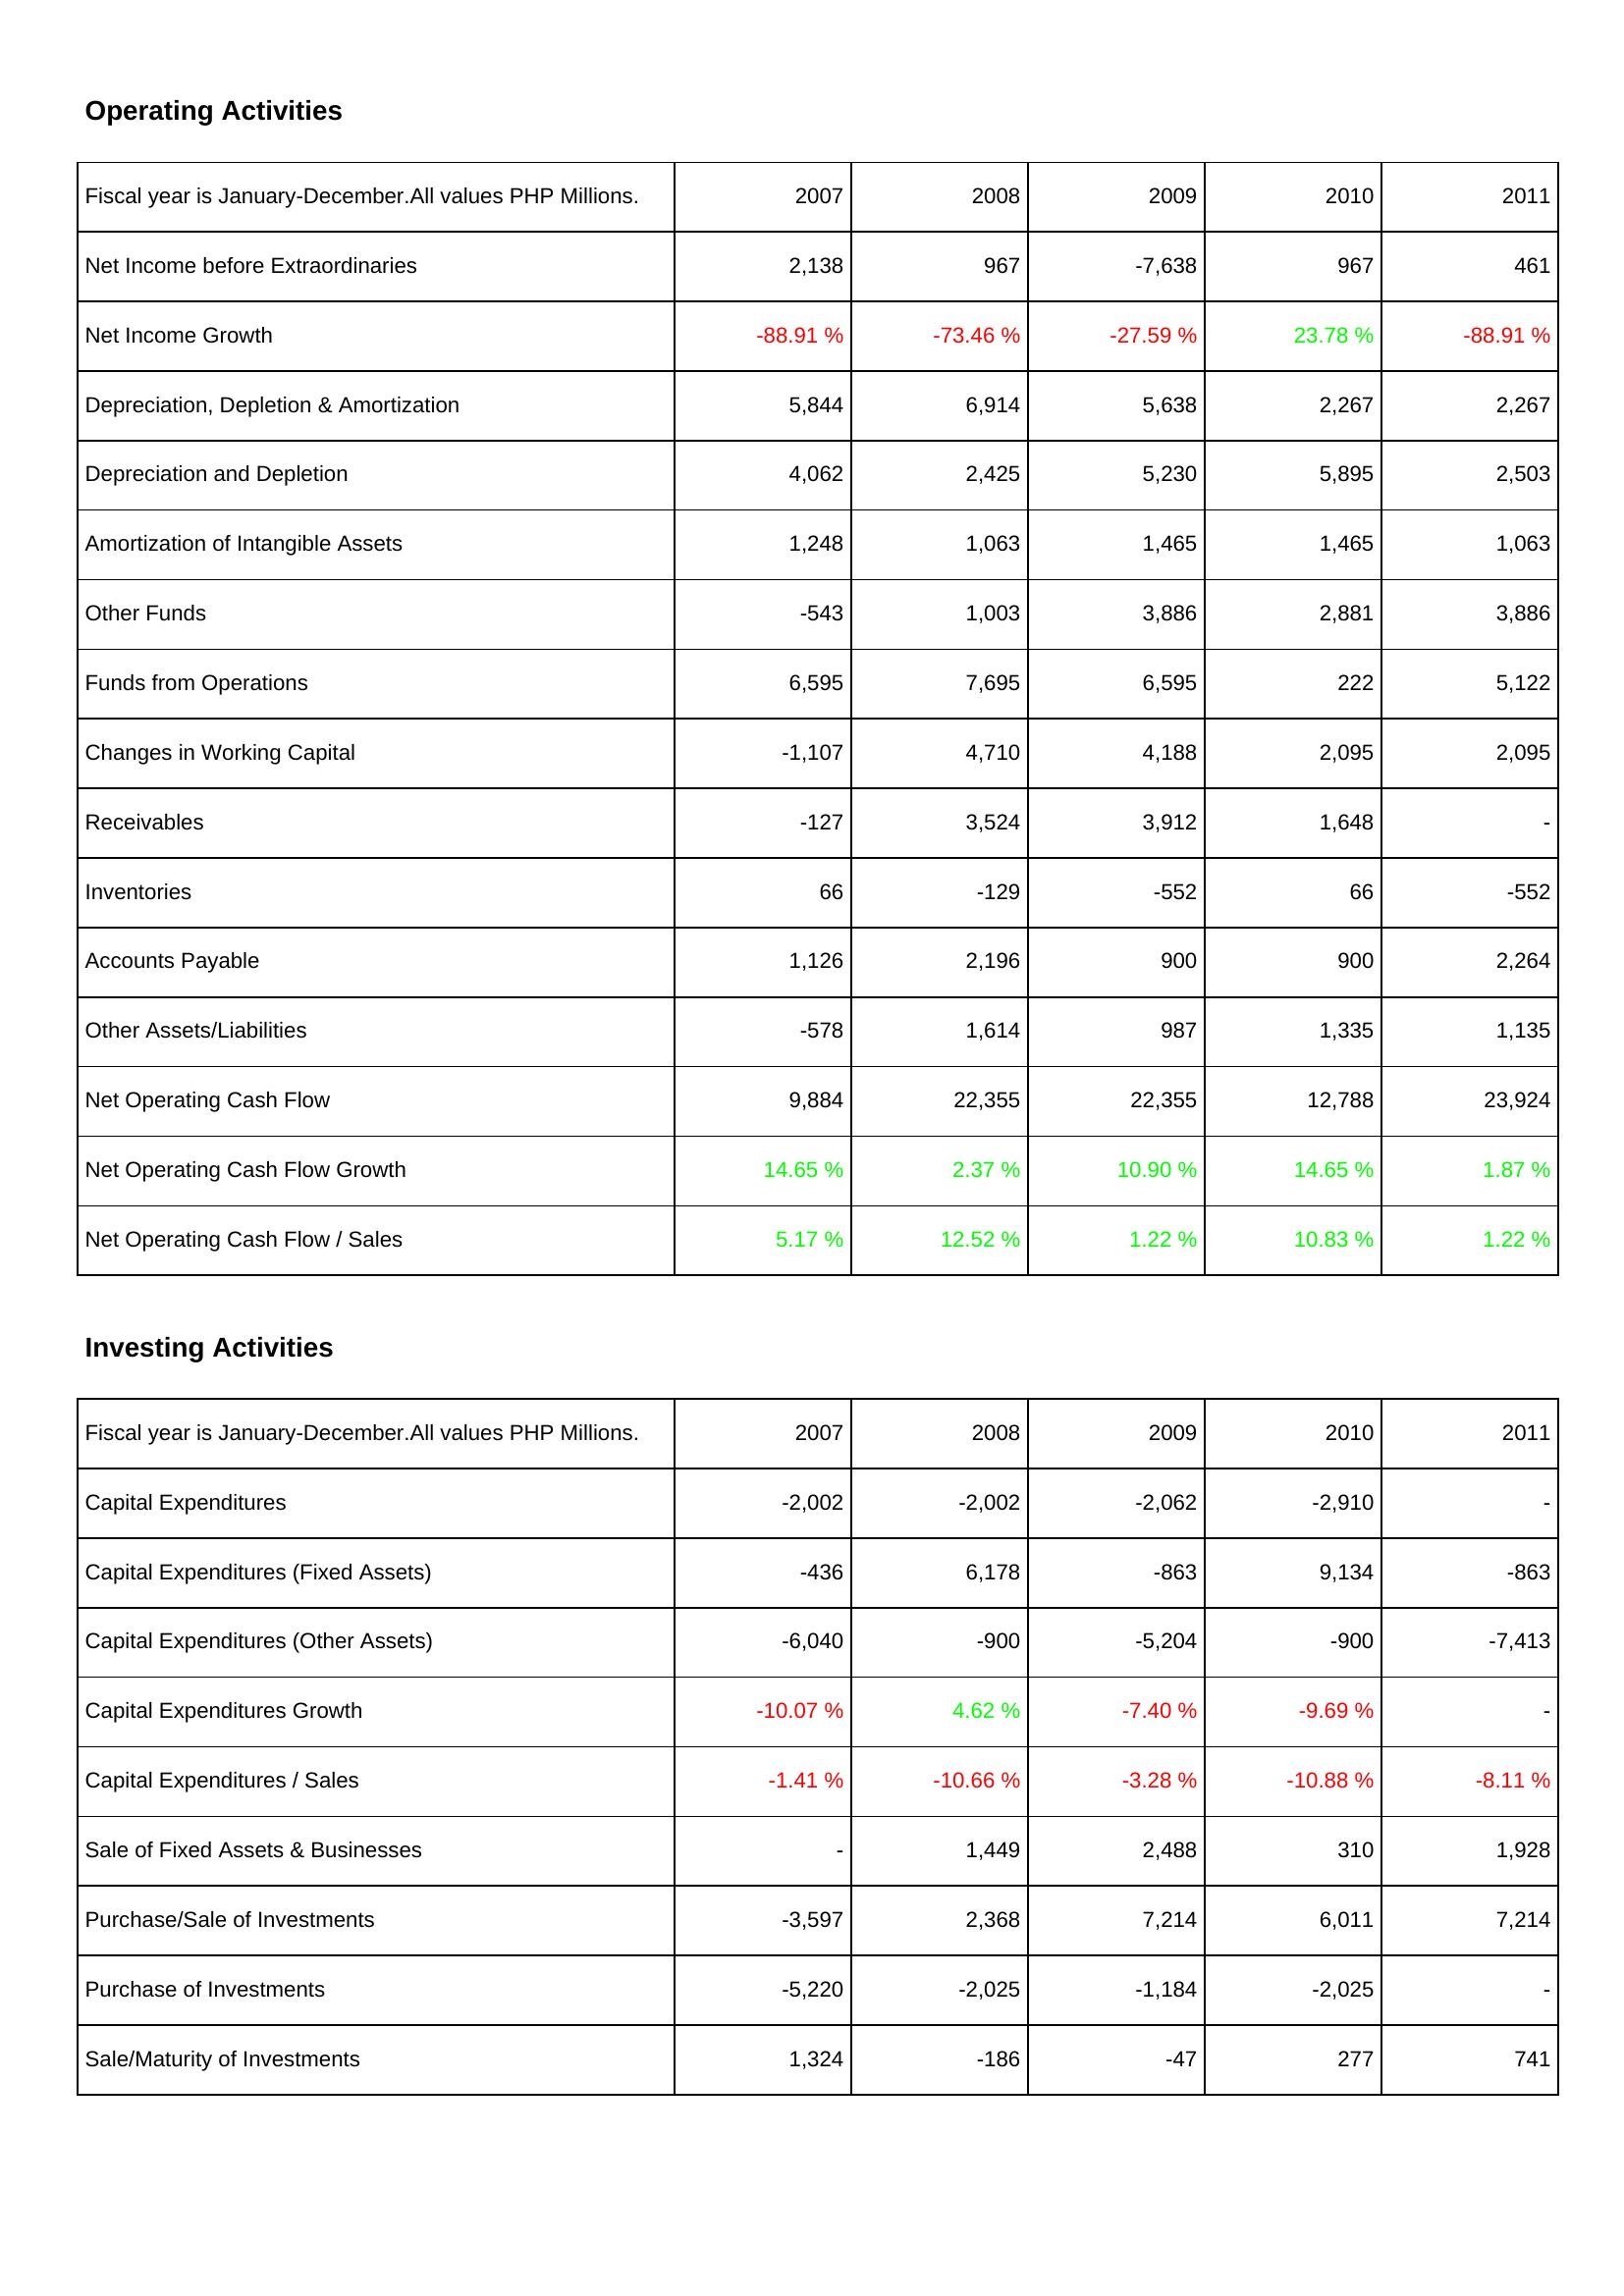
2007: Operating Activities: Net Income before Extraordinaries: 2,138
Net Income Growth: -88.91 %
Depreciation, Depletion & Amortization: 5,844
Depreciation and Depletion: 4,062
Amortization of Intangible Assets: 1,248
Other Funds: -543
Funds from Operations: 6,595
Changes in Working Capital: -1,107
Receivables: -127
Inventories: 66
Accounts Payable: 1,126
Other Assets/Liabilities: -578
Net Operating Cash Flow: 9,884
Net Operating Cash Flow Growth: 14.65 %
Net Operating Cash Flow / Sales: 5.17 %
Investing Activities: Capital Expenditures: -2,002
Capital Expenditures (Fixed Assets): -436
Capital Expenditures (Other Assets): -6,040
Capital Expenditures Growth: -10.07 %
Capital Expenditures / Sales: -1.41 %
Sale of Fixed Assets & Businesses: -
Purchase/Sale of Investments: -3,597
Purchase of Investments: -5,220
Sale/Maturity of Investments: 1,324
2008: Operating Activities: Net Income before Extraordinaries: 967
Net Income Growth: -73.46 %
Depreciation, Depletion & Amortization: 6,914
Depreciation and Depletion: 2,425
Amortization of Intangible Assets: 1,063
Other Funds: 1,003
Funds from Operations: 7,695
Changes in Working Capital: 4,710
Receivables: 3,524
Inventories: -129
Accounts Payable: 2,196
Other Assets/Liabilities: 1,614
Net Operating Cash Flow: 22,355
Net Operating Cash Flow Growth: 2.37 %
Net Operating Cash Flow / Sales: 12.52 %
Investing Activities: Capital Expenditures: -2,002
Capital Expenditures (Fixed Assets): 6,178
Capital Expenditures (Other Assets): -900
Capital Expenditures Growth: 4.62 %
Capital Expenditures / Sales: -10.66 %
Sale of Fixed Assets & Businesses: 1,449
Purchase/Sale of Investments: 2,368
Purchase of Investments: -2,025
Sale/Maturity of Investments: -186
2009: Operating Activities: Net Income before Extraordinaries: -7,638
Net Income Growth: -27.59 %
Depreciation, Depletion & Amortization: 5,638
Depreciation and Depletion: 5,230
Amortization of Intangible Assets: 1,465
Other Funds: 3,886
Funds from Operations: 6,595
Changes in Working Capital: 4,188
Receivables: 3,912
Inventories: -552
Accounts Payable: 900
Other Assets/Liabilities: 987
Net Operating Cash Flow: 22,355
Net Operating Cash Flow Growth: 10.90 %
Net Operating Cash Flow / Sales: 1.22 %
Investing Activities: Capital Expenditures: -2,062
Capital Expenditures (Fixed Assets): -863
Capital Expenditures (Other Assets): -5,204
Capital Expenditures Growth: -7.40 %
Capital Expenditures / Sales: -3.28 %
Sale of Fixed Assets & Businesses: 2,488
Purchase/Sale of Investments: 7,214
Purchase of Investments: -1,184
Sale/Maturity of Investments: -47
2010: Operating Activities: Net Income before Extraordinaries: 967
Net Income Growth: 23.78 %
Depreciation, Depletion & Amortization: 2,267
Depreciation and Depletion: 5,895
Amortization of Intangible Assets: 1,465
Other Funds: 2,881
Funds from Operations: 222
Changes in Working Capital: 2,095
Receivables: 1,648
Inventories: 66
Accounts Payable: 900
Other Assets/Liabilities: 1,335
Net Operating Cash Flow: 12,788
Net Operating Cash Flow Growth: 14.65 %
Net Operating Cash Flow / Sales: 10.83 %
Investing Activities: Capital Expenditures: -2,910
Capital Expenditures (Fixed Assets): 9,134
Capital Expenditures (Other Assets): -900
Capital Expenditures Growth: -9.69 %
Capital Expenditures / Sales: -10.88 %
Sale of Fixed Assets & Businesses: 310
Purchase/Sale of Investments: 6,011
Purchase of Investments: -2,025
Sale/Maturity of Investments: 277
2011: Operating Activities: Net Income before Extraordinaries: 461
Net Income Growth: -88.91 %
Depreciation, Depletion & Amortization: 2,267
Depreciation and Depletion: 2,503
Amortization of Intangible Assets: 1,063
Other Funds: 3,886
Funds from Operations: 5,122
Changes in Working Capital: 2,095
Receivables: -
Inventories: -552
Accounts Payable: 2,264
Other Assets/Liabilities: 1,135
Net Operating Cash Flow: 23,924
Net Operating Cash Flow Growth: 1.87 %
Net Operating Cash Flow / Sales: 1.22 %
Investing Activities: Capital Expenditures: -
Capital Expenditures (Fixed Assets): -863
Capital Expenditures (Other Assets): -7,413
Capital Expenditures Growth: -
Capital Expenditures / Sales: -8.11 %
Sale of Fixed Assets & Businesses: 1,928
Purchase/Sale of Investments: 7,214
Purchase of Investments: -
Sale/Maturity of Investments: 741